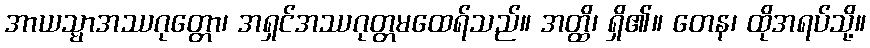
အာယသ္မာအဿဂုတ္တော၊ အရှင်အဿဂုတ္တမထေရ်သည်။ အတ္ထိ၊ ရှိ၏။ တေန၊ ထိုအရပ်သို့။